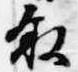
叙